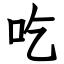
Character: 吃